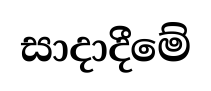
සාදාදීමේ